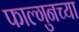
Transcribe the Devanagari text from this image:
फाल्गुनच्या